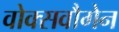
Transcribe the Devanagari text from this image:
वोक्सवौगेन